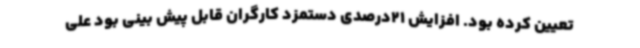
تعیین کرده بود. افزایش 21درصدی دستمزد کارگران قابل پیش بینی بود علی